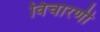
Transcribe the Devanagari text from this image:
विचारणी